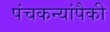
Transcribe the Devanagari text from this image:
पंचकन्यांपैकी